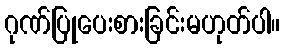
ဂုဏ်ပြုပေးစားခြင်းမဟုတ်ပါ။